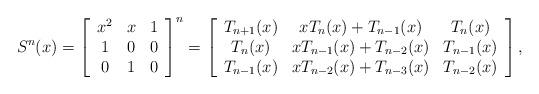
LaTeX: \begin{align*}S^{n}(x)=\left[ \begin{array}{ccc}x^{2} & x & 1 \\ 1 & 0 & 0 \\ 0 & 1 & 0\end{array}\right]^{n}=\left[ \begin{array}{ccc}T_{n+1}(x) & xT_{n}(x)+T_{n-1}(x) & T_{n}(x) \\ T_{n}(x) & xT_{n-1}(x)+T_{n-2}(x) & T_{n-1}(x) \\ T_{n-1}(x) & xT_{n-2}(x)+T_{n-3}(x) & T_{n-2}(x)\end{array}\right],\end{align*}